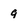
Character: 9